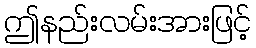
ဤနည်းလမ်းအားဖြင့်